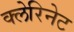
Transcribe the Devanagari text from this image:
क्लेरिनेट